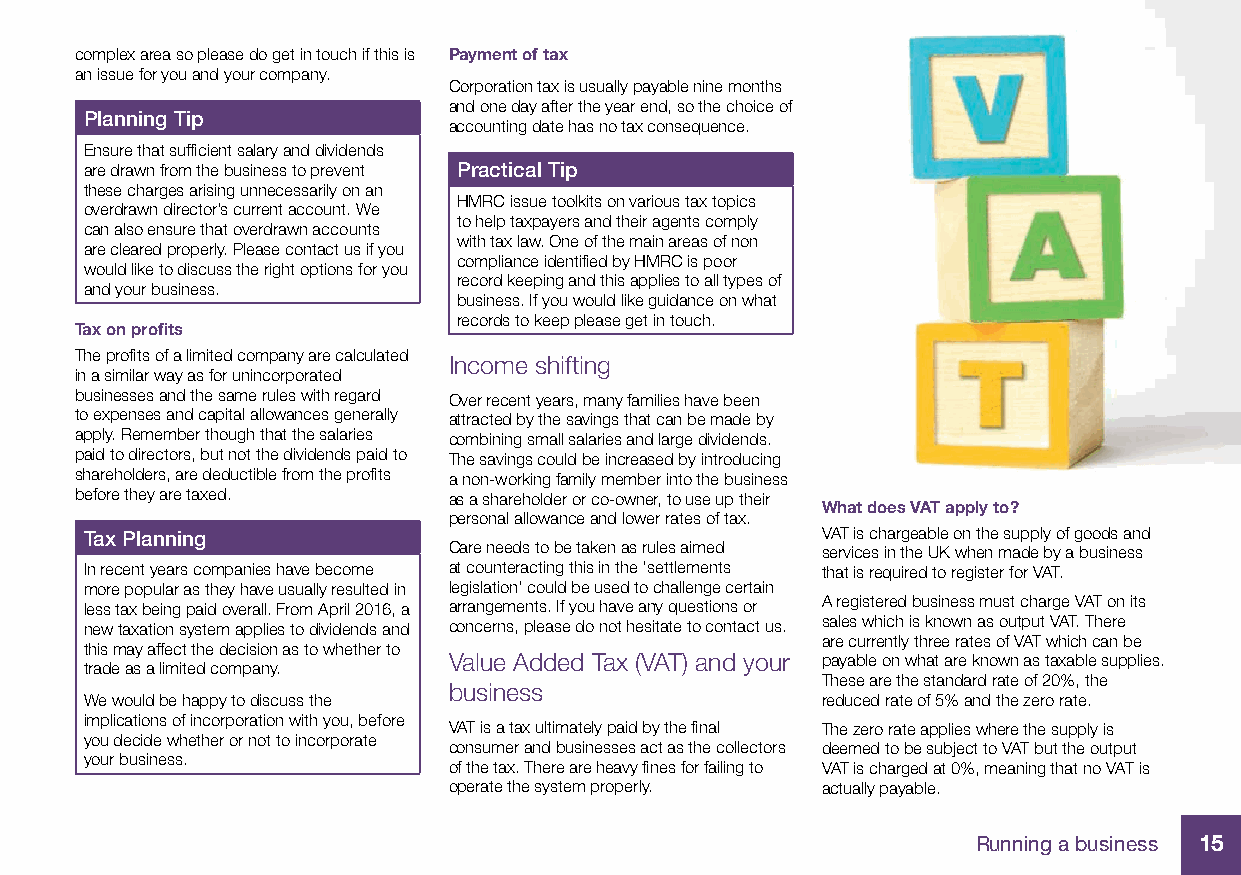
complex area so please do get in touch if this is Payment of tax
 an issue for you and your company.
 Corporation tax is usually payable nine months
 and one day after the year end, so the choice of
 Planning Tip
 accounting date has no tax consequence.
 Ensure that suffi cient salary and dividends
 are drawn from the business to prevent Practical Tip
 these charges arising unnecessarily on an
 HMRC issue toolkits on various tax topics
 overdrawn director’s current account. We
 to help taxpayers and their agents comply
 can also ensure that overdrawn accounts
 with tax law. One of the main areas of non
 are cleared properly. Please contact us if you
 compliance identifi ed by HMRC is poor
 would like to discuss the right options for you
 record keeping and this applies to all types of
 and your business.
 business. If you would like guidance on what
 records to keep please get in touch.
 Tax on profi ts
 The profi ts of a limited company are calculated
 Income shifting
 in a similar way as for unincorporated
 businesses and the same rules with regard Over recent years, many families have been
 to expenses and capital allowances generally attracted by the savings that can be made by
 apply. Remember though that the salaries combining small salaries and large dividends.
 paid to directors, but not the dividends paid to The savings could be increased by introducing
 shareholders, are deductible from the profi ts a non-working family member into the business
 before they are taxed.   as a shareholder or co-owner, to use up their
 What does VAT apply to?
 personal allowance and lower rates of tax.
 Tax Planning                                    VAT is chargeable on the supply of goods and
 Care needs to be taken as rules aimed services in the UK when made by a business
 In recent years companies have become at counteracting this in the ‘settlements that is required to register for VAT.
 more popular as they have usually resulted in legislation’ could be used to challenge certain
 less tax being paid overall. From April 2016, a arrangements. If you have any questions or A registered business must charge VAT on its
 new taxation system applies to dividends and concerns, please do not hesitate to contact us. sales which is known as output VAT. There
 are currently three rates of VAT which can be
 this may affect the decision as to whether to
 Value Added Tax (VAT) and your payable on what are known as taxable supplies.
 trade as a limited company.
 These are the standard rate of 20%, the
 business
 We would be happy to discuss the                reduced rate of 5% and the zero rate.
 implications of incorporation with you, before
 VAT is a tax ultimately paid by the fi nal The zero rate applies where the supply is
 you decide whether or not to incorporate
 consumer and businesses act as the collectors deemed to be subject to VAT but the output
 your business.
 of the tax. There are heavy fi nes for failing to VAT is charged at 0%, meaning that no VAT is
 operate the system properly. actually payable.
 Running a business 15